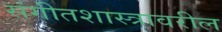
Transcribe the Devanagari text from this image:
संगीतशास्त्रावरील